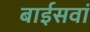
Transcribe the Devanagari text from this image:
बाईसवां